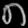
Digit: ၈